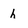
Character: h